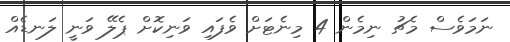
ނަމަވެސް މެޗު ނިމެން 4 މިނެޓަށް ވެފައި ވަނިކޮށް ޕެލޭ ވަނީ ލަނޑެއް